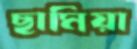
ছামিয়া